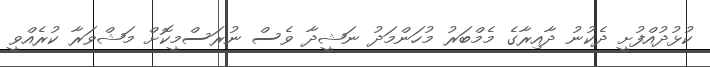
ކުޅުދުއްފުށީ ދެކުނު ދާއިރާގެ މެމްބަރު މުހަންމަދު ނަޝީދާ ވެސް ނުރަސްމީކޮށް މަޝްވަރާ ކުރެއްވީ